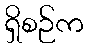
ရှိစဉ်က